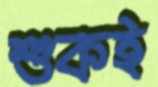
শুকই